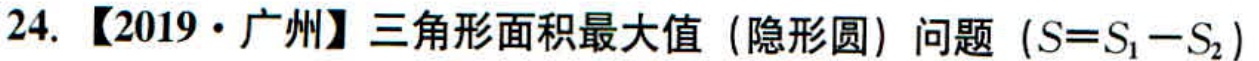
24. 【2019·广州】三角形面积最大值（隐形圆）问题（\(S = S_1 - S_2\)）